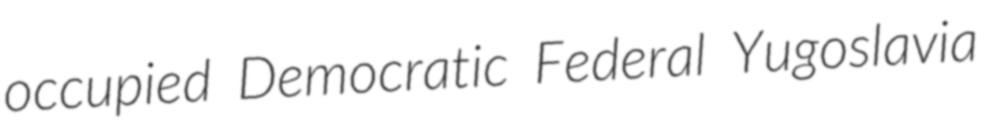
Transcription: occupied Democratic Federal Yugoslavia